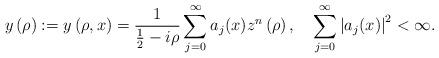
LaTeX: \begin{align*}y\left( \rho\right) :=y\left( \rho,x\right) =\frac{1}{\frac{1}{2}-i\rho}\sum_{j=0}^{\infty}a_{j}(x)z^{n}\left( \rho\right) ,\quad\sum_{j=0}^{\infty}\left\vert a_{j}(x)\right\vert ^{2}<\infty. \end{align*}